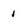
Character: 1